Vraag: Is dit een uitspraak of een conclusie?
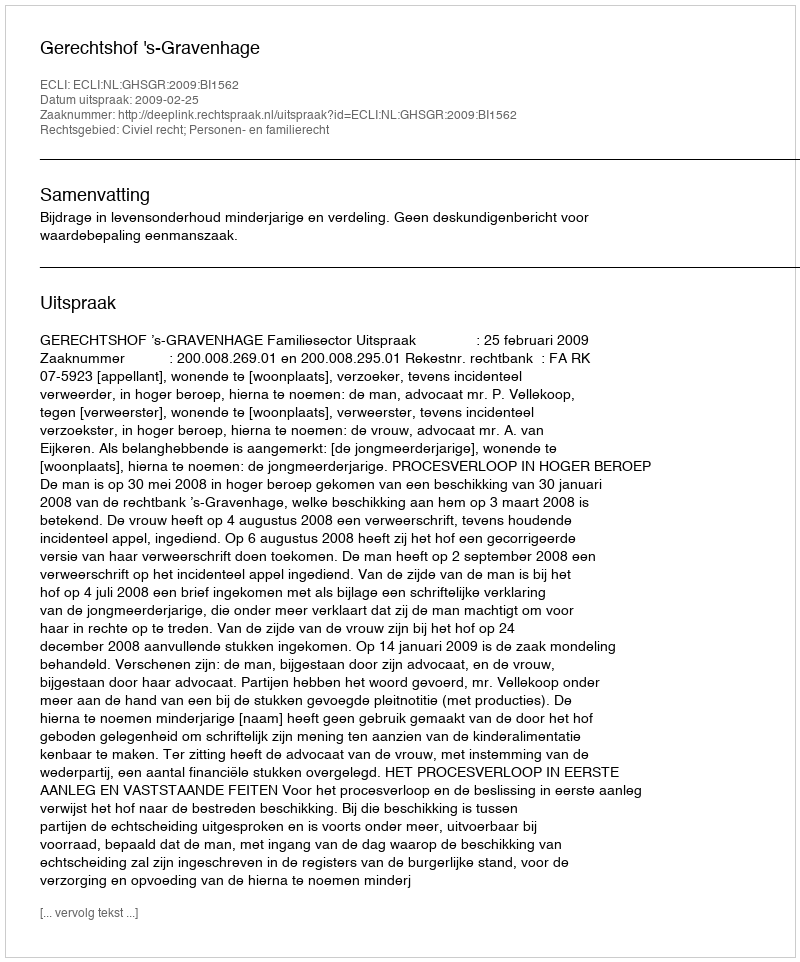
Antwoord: Uitspraak